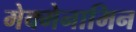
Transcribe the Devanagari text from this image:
मेक्मेनामिन